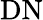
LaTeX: \mathrm{DN}